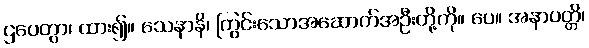
ဌပေတွာ၊ ထား၍။ သေနာနိ၊ ကြွင်းသောအဆောက်အဦးတို့ကို။ ပေ။ အနာပတ္တိ၊